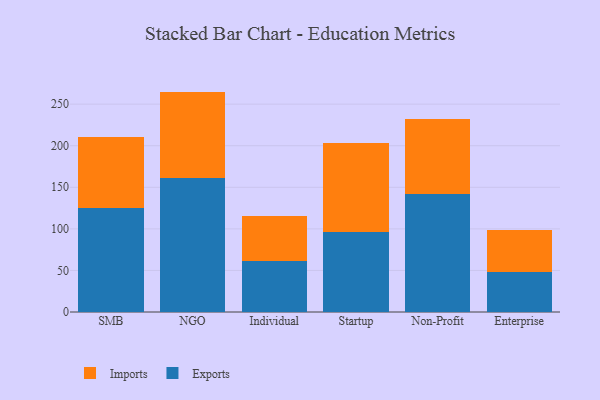
{"axis": {"x": "Segment", "y": "Headcount"}, "legend": ["Exports", "Imports"], "data": [{"x": "SMB", "y": 125.4, "type": "Exports"}, {"x": "SMB", "y": 84.7, "type": "Imports"}, {"x": "NGO", "y": 160.8, "type": "Exports"}, {"x": "NGO", "y": 104.3, "type": "Imports"}, {"x": "Individual", "y": 61.2, "type": "Exports"}, {"x": "Individual", "y": 53.8, "type": "Imports"}, {"x": "Startup", "y": 96.8, "type": "Exports"}, {"x": "Startup", "y": 106.3, "type": "Imports"}, {"x": "Non-Profit", "y": 142.5, "type": "Exports"}, {"x": "Non-Profit", "y": 89.9, "type": "Imports"}, {"x": "Enterprise", "y": 47.9, "type": "Exports"}, {"x": "Enterprise", "y": 50.8, "type": "Imports"}]}